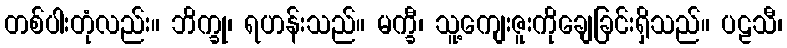
တစ်ပါးတုံလည်း။ ဘိက္ခု၊ ရဟန်းသည်။ မက္ခီ၊ သူ့ကျေးဇူးကိုချေခြင်းရှိသည်။ ပဠသီ၊